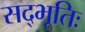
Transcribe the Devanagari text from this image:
सद्भूतिः